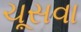
ચૂસવા